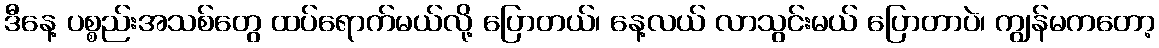
ဒီနေ့ ပစ္စည်းအသစ်တွေ ထပ်ရောက်မယ်လို့ ပြောတယ်၊ နေ့လယ် လာသွင်းမယ် ပြောတာပဲ၊ ကျွန်မကတော့